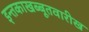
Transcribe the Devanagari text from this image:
इन्तकाखब्बूतवारीख